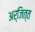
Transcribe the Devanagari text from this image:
अर्जित्त